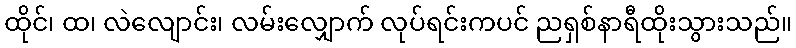
ထိုင်၊ ထ၊ လဲလျောင်း၊ လမ်းလျှောက် လုပ်ရင်းကပင် ညရှစ်နာရီထိုးသွားသည်။